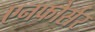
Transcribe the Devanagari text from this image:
एनफोर्सर